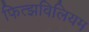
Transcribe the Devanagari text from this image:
फित्झविलियम